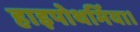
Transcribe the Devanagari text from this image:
हाइपोथर्मिया।